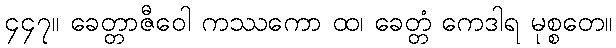
၄၄၇။ ခေတ္တာဇီဝေါ ကဿကော ထ၊ ခေတ္တံ ကေဒါရ မုစ္စတေ။